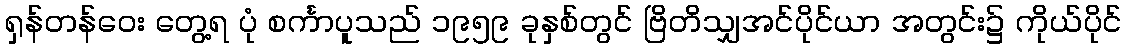
ရှန်တန်ဝေး တွေ့ရ ပုံ စင်္ကာပူသည် ၁၉၅၉ ခုနှစ်တွင် ဗြိတိသျှအင်ပိုင်ယာ အတွင်း၌ ကိုယ်ပိုင်